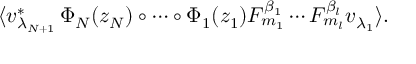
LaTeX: \langle v _ { \lambda _ { N + 1 } } ^ { \ast } \, \Phi _ { N } ( z _ { N } ) \circ \cdots \circ \Phi _ { 1 } ( z _ { 1 } ) F _ { m _ { 1 } } ^ { \beta _ { 1 } } \cdots F _ { m _ { l } } ^ { \beta _ { l } } v _ { \lambda _ { 1 } } \rangle .